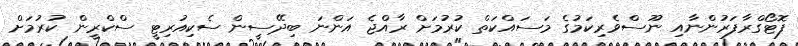
ފޮޓޯގްރާފަރުންނާއި ނޫސްވެރިކަމުގެ މަސައްކަތް ކުރުމަށް ރާއްޖެ އަންނަ ބިދޭސީން ސެކިއުރިޓީ ސްކްރީން ކުރުމަށް